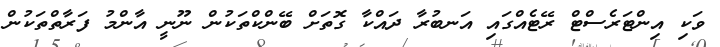
ވަކި އިންޓަރެސްޓް ރޭޓެއްގައި އަނބުރާ ދައްކާ ގޮތަށް ބޭންކްތަކުން ނޫނީ އާންމު ފަރާތްތަކުން